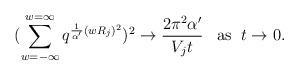
LaTeX: \begin{align*}(\sum_{w=-\infty}^{w=\infty}q^{\frac{1}{\alpha'}(w R_j)^2})^2\rightarrow \frac{2\pi^2 \alpha ' }{V_j t}\;\;\; {\rm as} \;\; t\rightarrow 0.\end{align*}